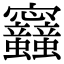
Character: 𡬛